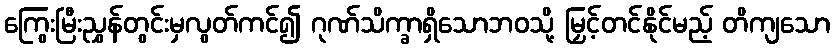
ကြွေးမြီးညွှန်တွင်းမှလွတ်ကင်၍ ဂုဏ်သိက္ခာရှိသောဘဝသို့ မြှင့်တင်နိုင်မည့် တိကျသော